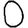
Digit: 0